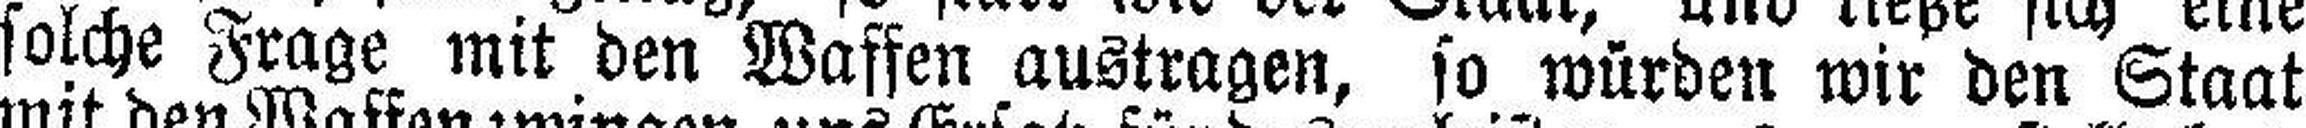
solche Frage mit den Waffen austragen, so würden wir den Staat